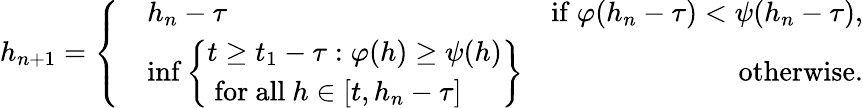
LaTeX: h_{n+1}=\left\{ \begin{array}{rlr}&{h_{n}-\tau}&{\mathrm{if~}\varphi(h_{n}-\tau)<\psi(h_{n}-\tau),}\\ &{\operatorname*{inf}\left\{ \begin{array}{l}{t\geq t_{1}-\tau:\varphi(h)\geq\psi(h)}\\ {\mathrm{~for~all~}h\in[t,h_{n}-\tau]}\end{array}\right\} }&{\mathrm{otherwise.}}\end{array}\right.